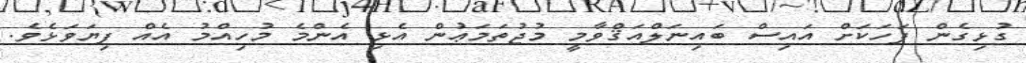
ގުޅިގެން ފަހަކަށް އައިސް ބައިނަލްއަޤްވާމީ މުޖުތަމަޢުން އެޅި އެންމެ މުހިއްމު އެއް ފިޔަވަޅެވެ.